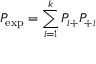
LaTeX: P _ { \exp } = \sum _ { i = 1 } ^ { k } P _ { i + } P _ { + i }